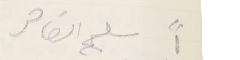
١" سليم الضاهر